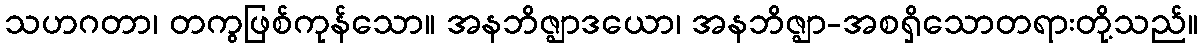
သဟဂတာ၊ တကွဖြစ်ကုန်သော။ အနဘိဇ္ဈာဒယော၊ အနဘိဇ္ဈာ-အစရှိသောတရားတို့သည်။